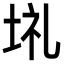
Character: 𡋀